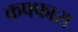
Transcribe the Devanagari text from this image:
कफ्फारा